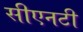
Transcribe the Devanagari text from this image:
सीएनटी